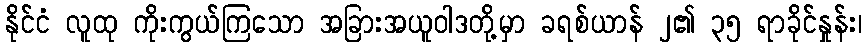
နိုင်ငံ လူထု ကိုးကွယ်ကြသော အခြားအယူဝါဒတို့မှာ ခရစ်ယာန် ၂၏ ၃၅ ရာခိုင်နှုန်း၊